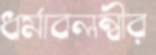
ধর্মাবলম্বীর